Indian journal of veterinary science and animal husbandry - Volumes 26-27, 1956-1957
Year: 1956
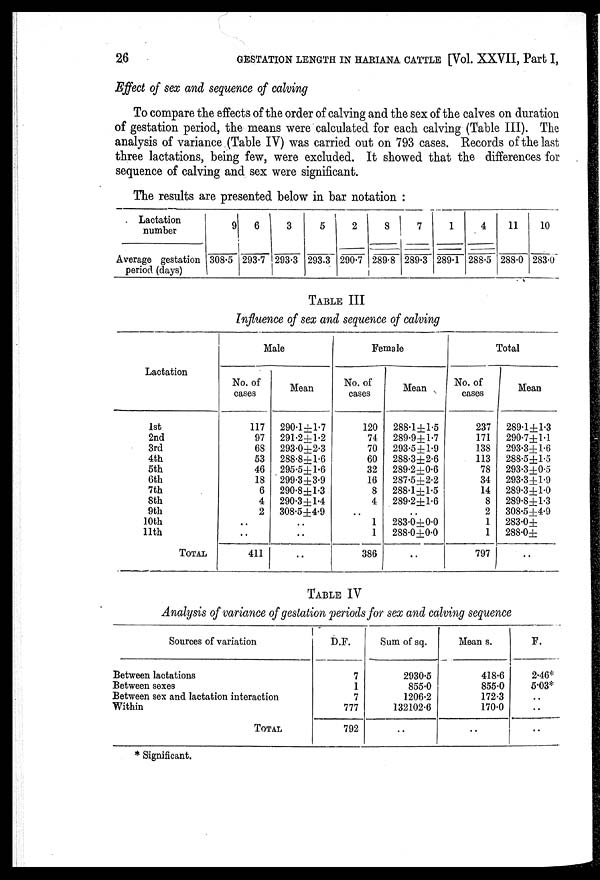
26
GESTATION LENGTH IN HARIANA CATTLE [Vol. XXVII, Part I,
Effect of sex and sequence of calving
To compare the effects of the order of calving and the sex of the calves on duration
of gestation period, the means were calculated for each calving (Table III). The
analysis of variance (Table IV) was carried out on 793 cases. Records of the last
three lactations, being few, were excluded. It showed that the differences for
sequence of calving and sex were significant.
The results are presented below in bar notation :
Lactation
number
Average gestation
period (days)
9
308.5
6
293.7
3
293.3
5
293.3
2
290.7
8
289.8
7
289.3
1
289.1
4
288.5
11
288.0
10
283.0
TABLE III
Influence of sex and sequence of calving
Lactation
1st
2nd
3rd
4th
5th
6th
7th
8th
9th
10th
11th
TOTAL
Male
No. of
cases
117
97
68
53
46
18
6
4
2
..
..
411
Mean
290.1±1.7
291.2±1.2
293.0±2.3
288.8±1.6
295.5±1.6
299.3±3.9
290.8±1.3
290.3±1.4
308.5±4.9
..
..
..
Female
No. of
cases
120
74
70
60
32
16
8
4
..
1
1
386
Mean
288.1±1.5
289.9±1.7
293.5±1.9
288.3±2.6
289.2±0.6
287.5±2.2
288.1±1.5
289.2±1.6
..
283.0±0.0
288.0±0.0
..
Total
No. of
cases
237
171
138
113
78
34
14
8
2
1
1
797
Mean
289.1±1.3
290.7±1.1
293.3±1.6
288.5±1.5
293.3±0.5
293.3±1.9
289.3±1.0
289.8±1.3
308.5±4.9
283.0±
288.0±
..
TABLE IV
Analysis of variance of gestation periods for sex and calving sequence
Sources of variation
Between lactations
Between sexes
Between sex and lactation interaction
Within
TOTAL
D.F.
7
1
7
777
792
Sum of sq.
2930.5
855.0
1206.2
132102.6
..
Mean s.
418.6
855.0
172.3
170.0
..
F.
2.46*
5.03*
..
..
..
* Significant.